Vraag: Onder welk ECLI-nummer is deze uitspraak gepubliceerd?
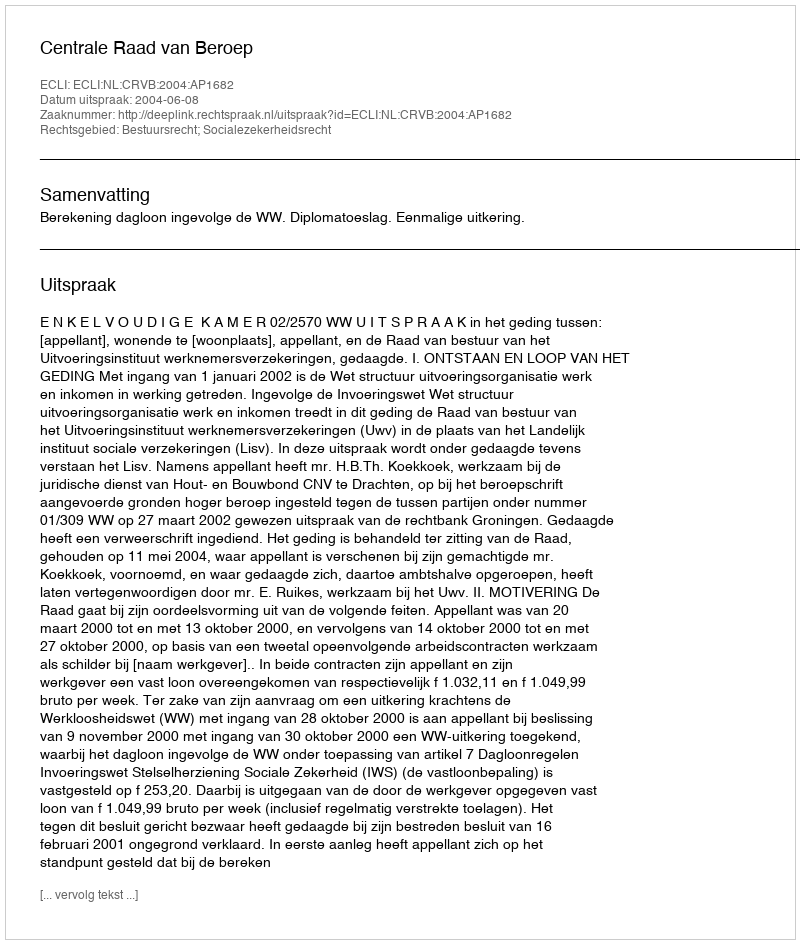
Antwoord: ECLI:NL:CRVB:2004:AP1682